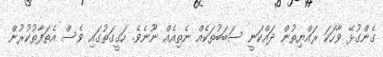
ގެންގުޅޭ ވާހަކަ ރައްޔިތުން ދައްކަނީ ސަބަބުތަކެއް ނެތިއެއް ނޫނެވެ. ހަގީގަތުގައި ވެސް އެތަފާތުކުރުން